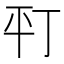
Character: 𢆊